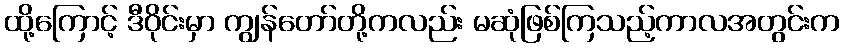
ထို့ကြောင့် ဒီဝိုင်းမှာ ကျွန်တော်တို့ကလည်း မဆုံဖြစ်ကြသည့်ကာလအတွင်းက